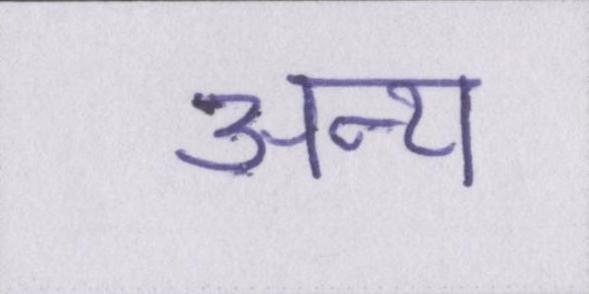
अन्य